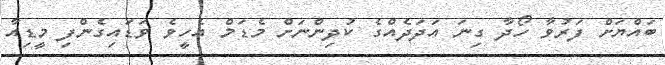
ބައްޔަށް ފަރުވާ ހޯދާ ގިނަ އަދަދެއްގެ ކުދިންނަށް މެޑަމް އެހީވެ ވަޑައިގެންފި މީޑިއާ